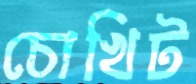
চোখিট